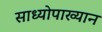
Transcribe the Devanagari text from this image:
साध्योपाख्यान